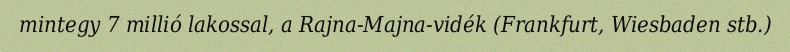
mintegy 7 millió lakossal, a Rajna-Majna-vidék (Frankfurt, Wiesbaden stb.)